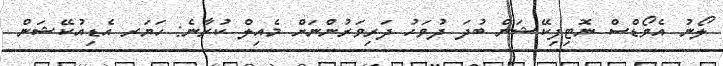
ލޯނު އެވޯޑްސް ނޮޓިފިކޭޝަން ބުދަ ދުވަހު ދަރިވަރުންނަށް މެއިލް ކުރާނެ: ހަޔަރ އެޑިއުކޭޝަން